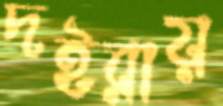
দইরায়